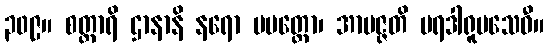
၃၀၉။ စတ္တာရိ ဌာနာနိ နရော ပမတ္တော၊ အာပဇ္ဇတိ ပရဒါရူပသေဝီ။